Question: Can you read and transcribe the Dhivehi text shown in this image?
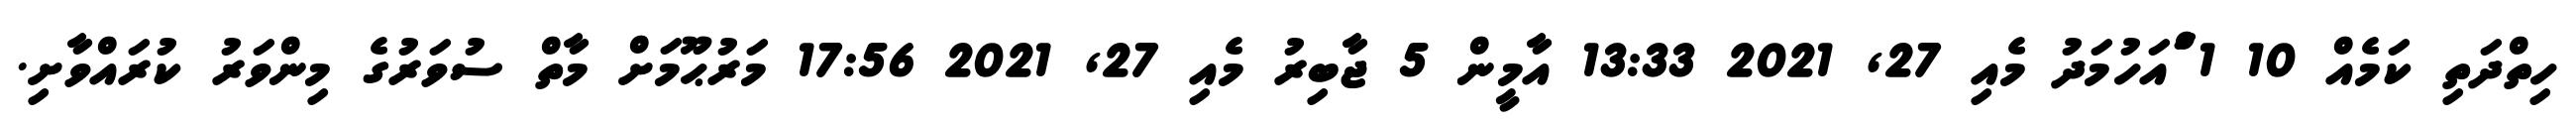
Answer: ހިތްދަތި ކަމެއް 10 1 ަްއަހުމަދު މެއި 27, 2021 13:33 އާމީން 5 ޖާބިރު މެއި 27, 2021 17:56 މަރުޙޫމަށް މާތް ސުވަރުގެ މިންވަރު ކުރައްވާށި.